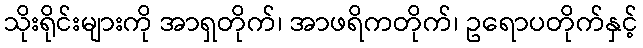
သိုးရိုင်းများကို အာရှတိုက်၊ အာဖရိကတိုက်၊ ဥရောပတိုက်နှင့်